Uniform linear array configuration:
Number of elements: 16
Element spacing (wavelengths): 0.75
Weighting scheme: hamming
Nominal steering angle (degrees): -15
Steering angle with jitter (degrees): -14.772
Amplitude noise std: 0.05
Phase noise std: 0.05

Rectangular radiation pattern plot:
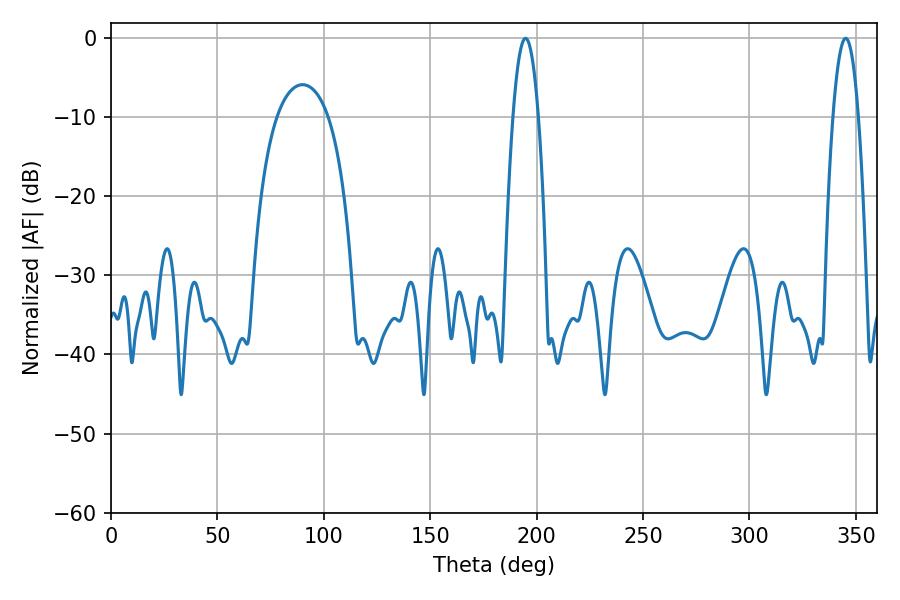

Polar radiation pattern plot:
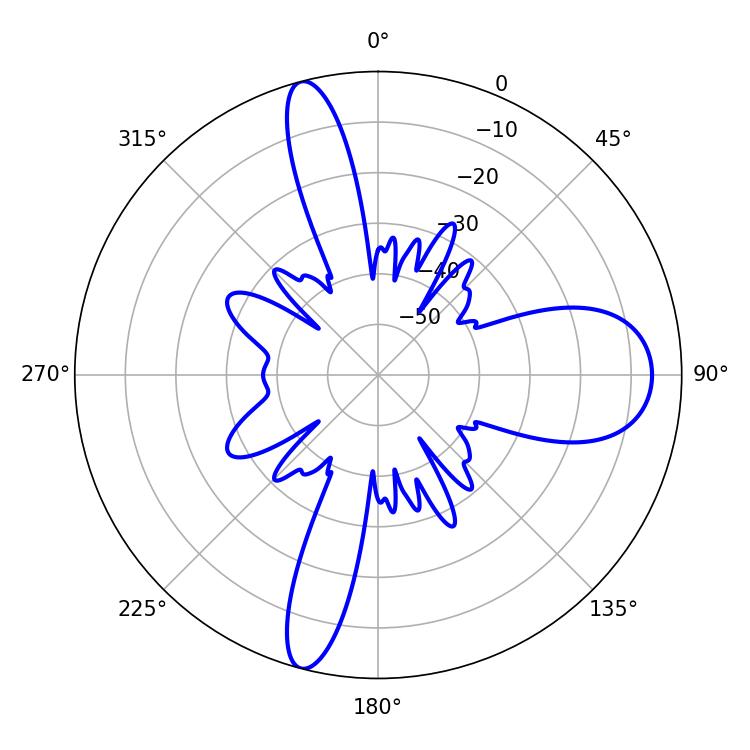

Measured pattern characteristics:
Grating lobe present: TRUE
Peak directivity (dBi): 18.0
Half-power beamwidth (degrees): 6.48
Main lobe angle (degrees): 194.76